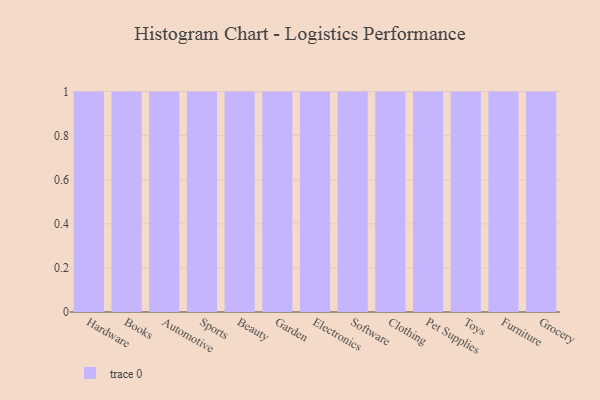
{"axis": {"x": "Category", "y": "Energy Usage (MWh)"}, "legend": [""], "data": [{"x": "Hardware", "y": 50, "type": ""}, {"x": "Books", "y": 78, "type": ""}, {"x": "Automotive", "y": 61, "type": ""}, {"x": "Sports", "y": 53, "type": ""}, {"x": "Beauty", "y": 93, "type": ""}, {"x": "Garden", "y": 19, "type": ""}, {"x": "Electronics", "y": 23, "type": ""}, {"x": "Software", "y": 12, "type": ""}, {"x": "Clothing", "y": 47, "type": ""}, {"x": "Pet Supplies", "y": 40, "type": ""}, {"x": "Toys", "y": 73, "type": ""}, {"x": "Furniture", "y": 64, "type": ""}, {"x": "Grocery", "y": 83, "type": ""}]}